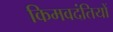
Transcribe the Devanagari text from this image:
किमवदंतियों